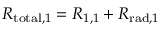
R _ { \mathrm { t o t a l } , 1 } = R _ { 1 , 1 } + R _ { \mathrm { r a d } , 1 }